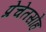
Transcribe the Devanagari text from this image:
प्रेचेतसोंह